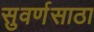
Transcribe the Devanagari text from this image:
सुवर्णसाठा